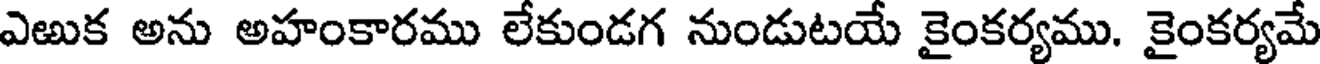
ఎఱుక అను అహంకారము లేకుండగ నుండుటయే కైంకర్యము. కైంకర్యమే